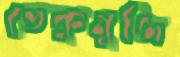
ভেকুমুজি